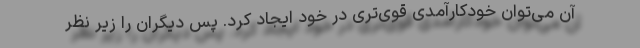
آن می‌توان خودکارآمدی قوی‌تری در خود ایجاد کرد. پس دیگران را زیر نظر